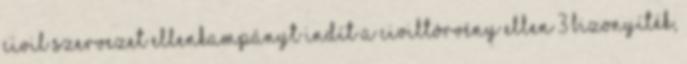
civil szervezet ellenkampányt indít a civiltörvény ellen 3 bizonyíték,